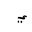
Letter: _ya